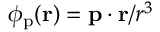
\phi _ { \mathrm { p } } ( \mathbf { r } ) = \mathbf { p } \cdot \mathbf { r } / r ^ { 3 }